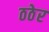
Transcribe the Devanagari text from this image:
ठठेर